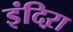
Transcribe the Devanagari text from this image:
इंदिऱा